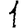
Digit: 1